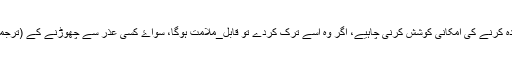
(السنۃ ومکانتھا فی الاسلام:۴۷)
یہ ہے کہ ہر مسلمان کو اس کے زندہ کرنے کی امکانی کوشش کرنی چاہیے، اگر وہ اسے ترک کردے تو قابل_ملامت ہوگا، سواۓ کسی عذر سے چھوڑنے کے (ترجمہ اردو اصول_شاشی : ص # ٢٢٢)
سنّت اور حدیث میں فرق